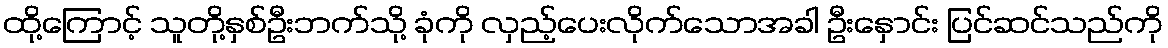
ထို့ကြောင့် သူတို့နှစ်ဦးဘက်သို့ ခုံကို လှည့်ပေးလိုက်သောအခါ ဦးနှောင်း ပြင်ဆင်သည်ကို